Indian journal of veterinary science and animal husbandry - Volume 7,
Year: 1937
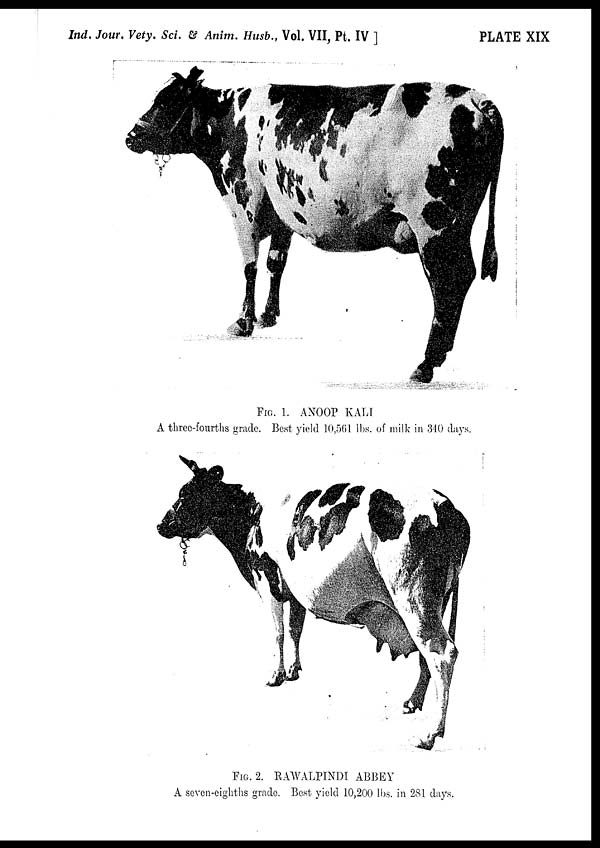
Ind. Jour. Vety. Sci. & Anim. Husb., Vol. VII, Pt. IV ]
PLATE XIX
FIG. 1. ANOOP KALI
A three-fourths grade. Best yield 10,561 lbs. of milk in 340 days.
FIG. 2. RAWALPINDI ABBEY
A seven-eighths grade. Best yield 10,200 lbs. in 281 days.